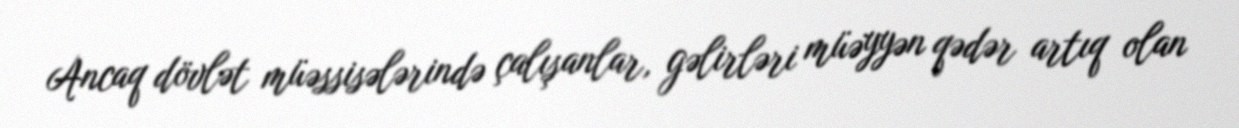
Ancaq dövlət müəssisələrində çalışanlar, gəlirləri müəyyən qədər artıq olan